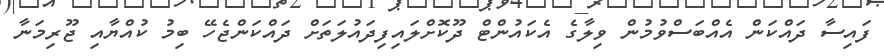
ފައިސާ ދައްކަން އެއްބަސްވުމުން ވިލާގެ އެކައުންޓް ދޫކޮށްލައިފިދައުލަތަށް ދައްކަންޖެހޭ ބިމު ކުއްޔާއި ޖޫރިމަނާ